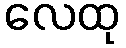
လေထု